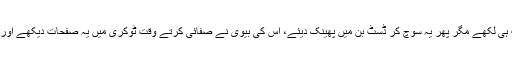
اسٹیفن نے پہلے ناول کے چند صفحات ہی لکھے مگر پھر یہ سوچ کر ڈسٹ بن میں پھینک دیئے، اس کی بیوی نے صفائی کرتے وقت ٹوکری میں یہ صفحات دیکھے اور ترتیب سے اس کی میز پر رکھ دیئے۔